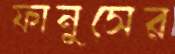
ফানুসের